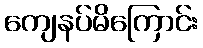
ကျေနပ်မိကြောင်း